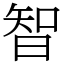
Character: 智